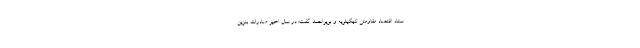
ستاد اقتصاد مقاومتی کهگیلویه و بویراحمد گفت: در سال اخیر صادرات بنزین